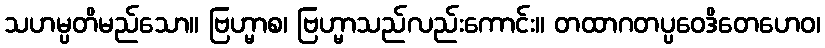
သဟမ္ပတိမည်သော။ ဗြဟ္မာစ၊ ဗြဟ္မာသည်လည်းကောင်း။ တထာဂတပ္ပဝေဒိတေဟေဝ၊